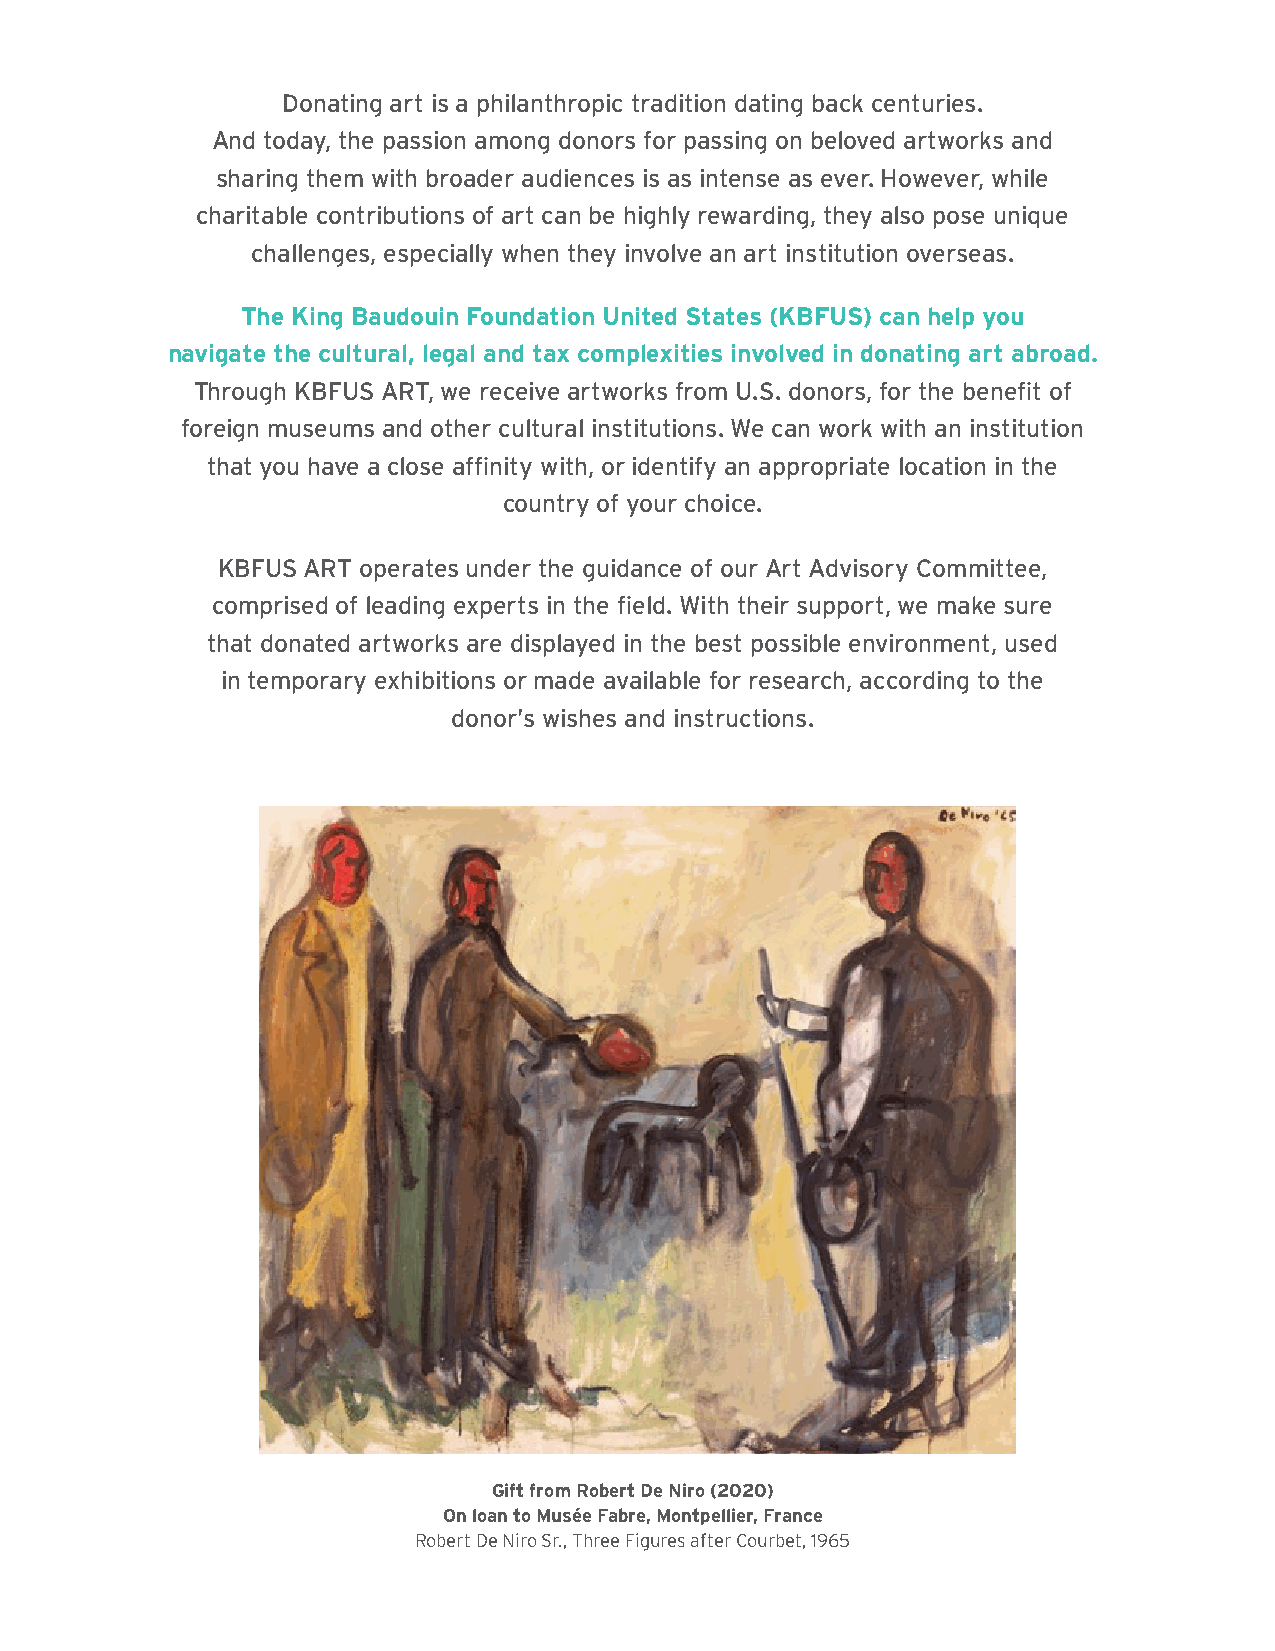
Donating art is a philanthropic tradition dating back centuries.
 And today, the passion among donors for passing on beloved artworks and
 sharing them with broader audiences is as intense as ever. However, while
 charitable contributions of art can be highly rewarding, they also pose unique
 challenges, especially when they involve an art institution overseas.
 The King Baudouin Foundation United States (KBFUS) can help you
 navigate the cultural, legal and tax complexities involved in donating art abroad.
 Through KBFUS ART, we receive artworks from U.S. donors, for the benefit of
 foreign museums and other cultural institutions. We can work with an institution
 that you have a close affinity with, or identify an appropriate location in the
 country of your choice.
 KBFUS ART operates under the guidance of our Art Advisory Committee,
 comprised of leading experts in the field. With their support, we make sure
 that donated artworks are displayed in the best possible environment, used
 in temporary exhibitions or made available for research, according to the
 donor’s wishes and instructions.
 Gift from Robert De Niro (2020)
 On loan to Musée Fabre, Montpellier, France
 Robert De Niro Sr., Three Figures after Courbet, 1965